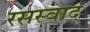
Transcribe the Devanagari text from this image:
रसस्वाद